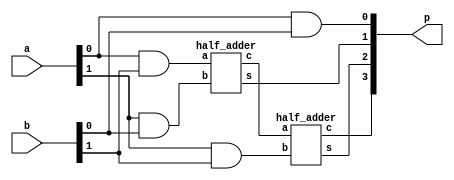
module multiplier_2x2(p, a, b);
	input [1:0] a, b; //b is multiplicand and a is multiplier
	output [3:0] p;
	wire c1;
	assign p[0] = a[0] & b[0];
	half_adder ha1(p[1], c1, a[0]&b[1], a[1]&b[0]);
	half_adder ha2(p[2], p[3], c1, a[1]&b[1]);
endmodule

module half_adder(s, c, a, b);
	input a, b;
	output s,c;
	assign s = a ^ b;
	assign c = a & b;
endmodule